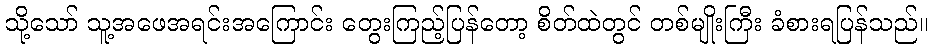
သို့သော် သူ့အဖေအရင်းအကြောင်း တွေးကြည့်ပြန်တော့ စိတ်ထဲတွင် တစ်မျိုးကြီး ခံစားရပြန်သည်။